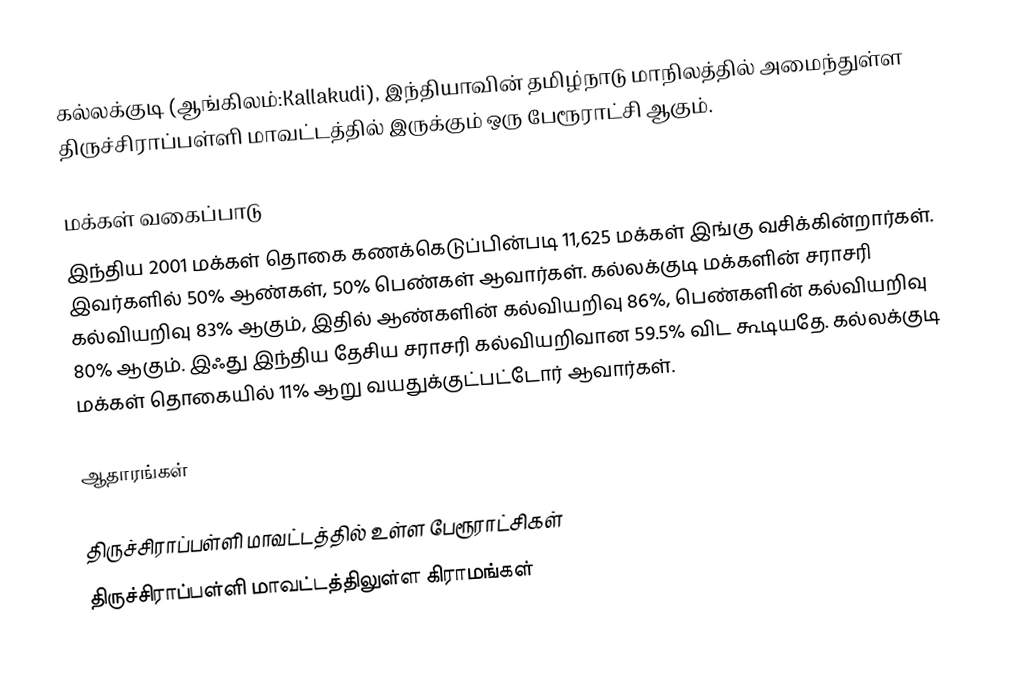
கல்லக்குடி (ஆங்கிலம்:Kallakudi), இந்தியாவின் தமிழ்நாடு மாநிலத்தில் அமைந்துள்ள திருச்சிராப்பள்ளி மாவட்டத்தில் இருக்கும் ஒரு பேரூராட்சி ஆகும்.

மக்கள் வகைப்பாடு
இந்திய 2001 மக்கள் தொகை கணக்கெடுப்பின்படி 11,625 மக்கள் இங்கு வசிக்கின்றார்கள். இவர்களில் 50% ஆண்கள், 50% பெண்கள் ஆவார்கள். கல்லக்குடி மக்களின் சராசரி கல்வியறிவு 83% ஆகும்,  இதில் ஆண்களின் கல்வியறிவு 86%,  பெண்களின் கல்வியறிவு 80% ஆகும். இஃது இந்திய தேசிய சராசரி கல்வியறிவான 59.5% விட கூடியதே. கல்லக்குடி மக்கள் தொகையில் 11%  ஆறு வயதுக்குட்பட்டோர் ஆவார்கள்.

ஆதாரங்கள்

திருச்சிராப்பள்ளி மாவட்டத்தில் உள்ள பேரூராட்சிகள்
திருச்சிராப்பள்ளி மாவட்டத்திலுள்ள கிராமங்கள்